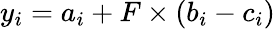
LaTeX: y_{i}=a_{i}+F\times(b_{i}-c_{i})